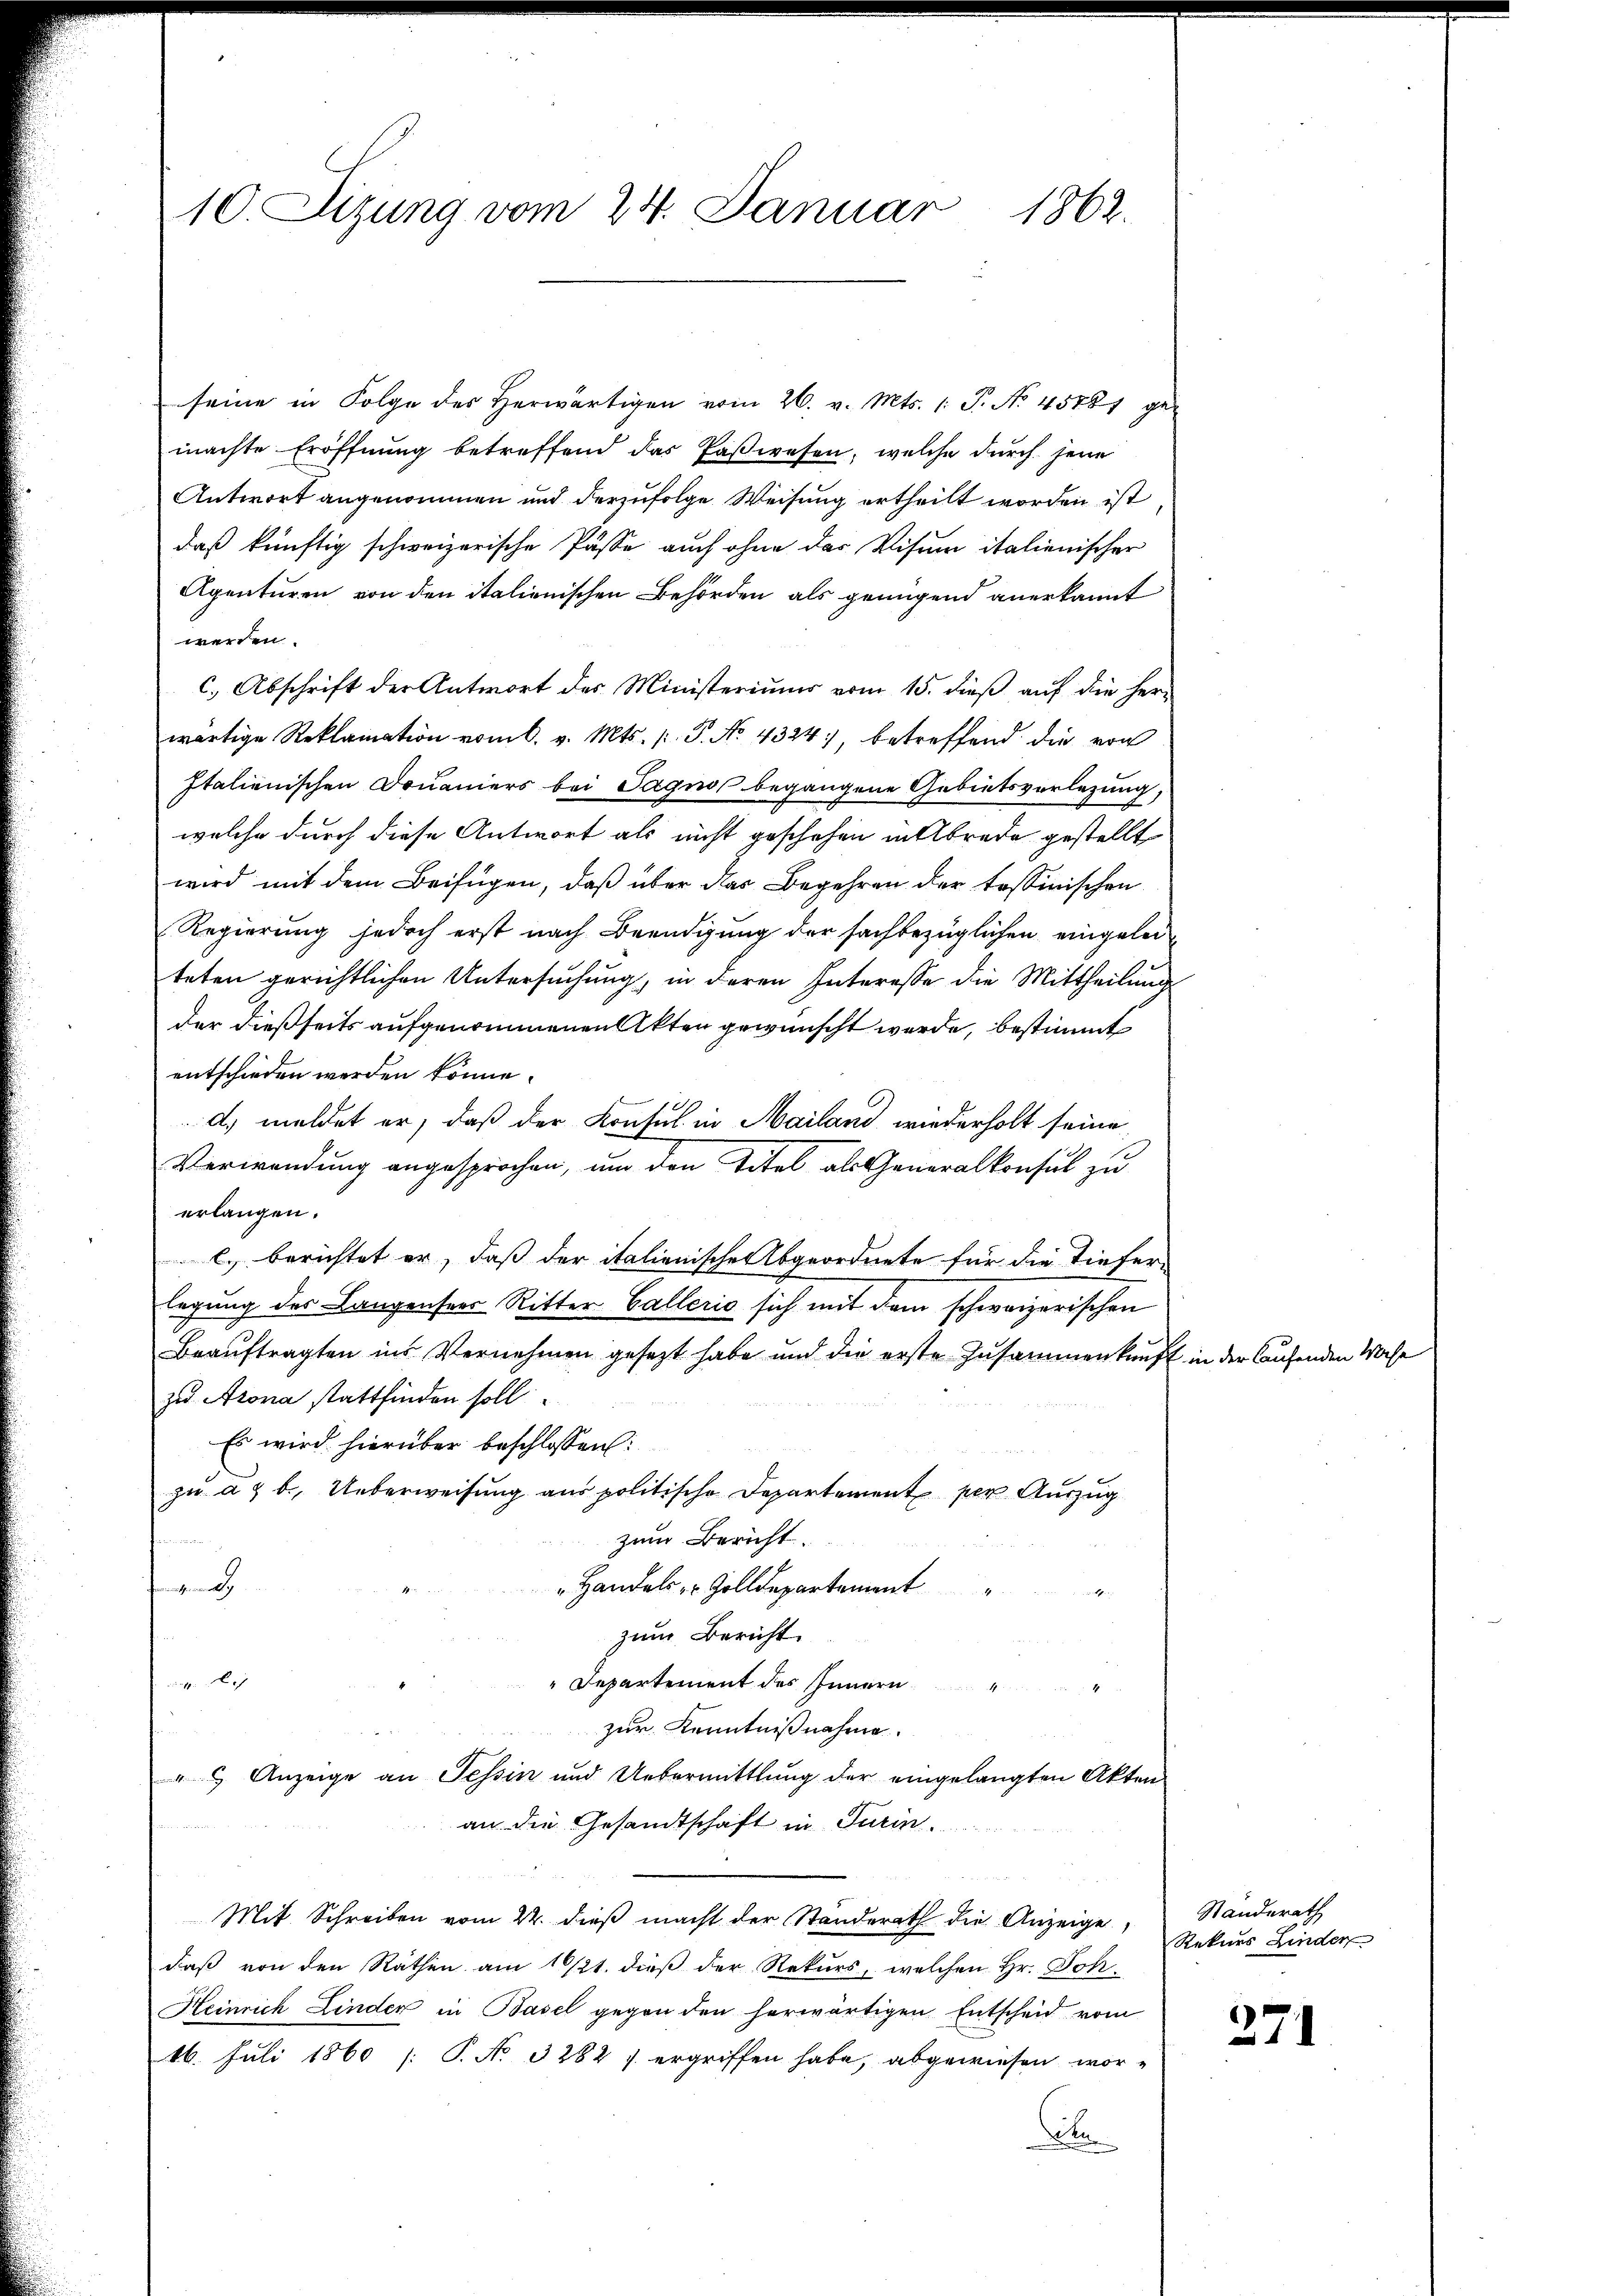
10. Sizung vom 24. Januar
1862.

seine in Folge des Herwärtigen vom 26. v. Mts. 1. P. No 45881 ge-
machte Eröffnung betreffend das Paßwesen, welche durch jene
Antwort angenommen und derzufolge Weisung ertheilt worden ist
daß künftig schweizerische Pässe auch ohne das Visum italienischer
Agenturen von den italienischen Behörden als genügend anerkannt
werden.
c. Abschrift der Antwort des Ministeriums vom 15. dieβ aŭf die her-
wärtige Reklamation vom 6. v. Mts. p. P. No. 4324, betreffend die von
Italienischen Douaniers bei Tagnos begangene Gebietsverlegung,
welche durch diese Antwort als nicht geschehen in Abrede gestellt
wird mit dem Beifügen, daß über das Begehren der tessinischen
Regierung jedoch erst nach Beendigung der sachbezüglichen eingeleiteten gerichtlichen Untersuchung, in deren Interesse die Mittheilung
der dießseits aufgenommenen Akten gewünscht werde, bestimmt
entschieden werden könne.
d. meldet er, daß der Konsul in Mailand wiederholt seine
Verwendung angesprochen, um den Titel als Generalkonsul zu
erlangen.
l. berichtet er, daß der italienische Abgeordnete für die Tieferlegung des Langensees Ritter Gallerio sich mit dem schweizerischen
Beauftragten ins Vernehmen gesezt habe und die erste Zusammenkunft
zu Arona stattfinden soll
Es wird hierüber beschlossen:
zu ad b., Ueberweisung aus politische Departement per Auszug
zum Bericht.
 Handels , Zolldepartement
nge
zum Bericht.
1
Departement des Innern
r
zur Kenntnißnahme.
 Anzeige an Tessin und Uebermittlung der eingelangten Akten
an die Gesandtschaft in Turin.
Mit Schreiben vom 22. dieß macht der Standerath die Anzeige,
daß von den Räthen am 1 1/21. dieß der Rekurs, welchen Hr. Joh
Heinrich Linder in Basel gegen den herwärtigen Entscheid vom
16. Juli 1860 [P. No 3282 / ergriffen habe, abgewiesen wor¬
A

in der laufenden Wase

Standerath
Rekurs Linder

271